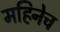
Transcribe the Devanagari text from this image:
महिनेच